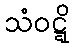
သံဝဋ္ဋိ